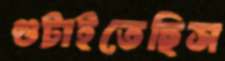
গুটাইতেছিস